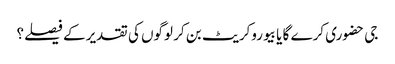
جی حضوری کرے گا یا بیوروکریٹ بن کر لوگوں کی تقدیر کے فیصلے؟